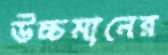
উচ্চমানের